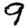
Digit: 9